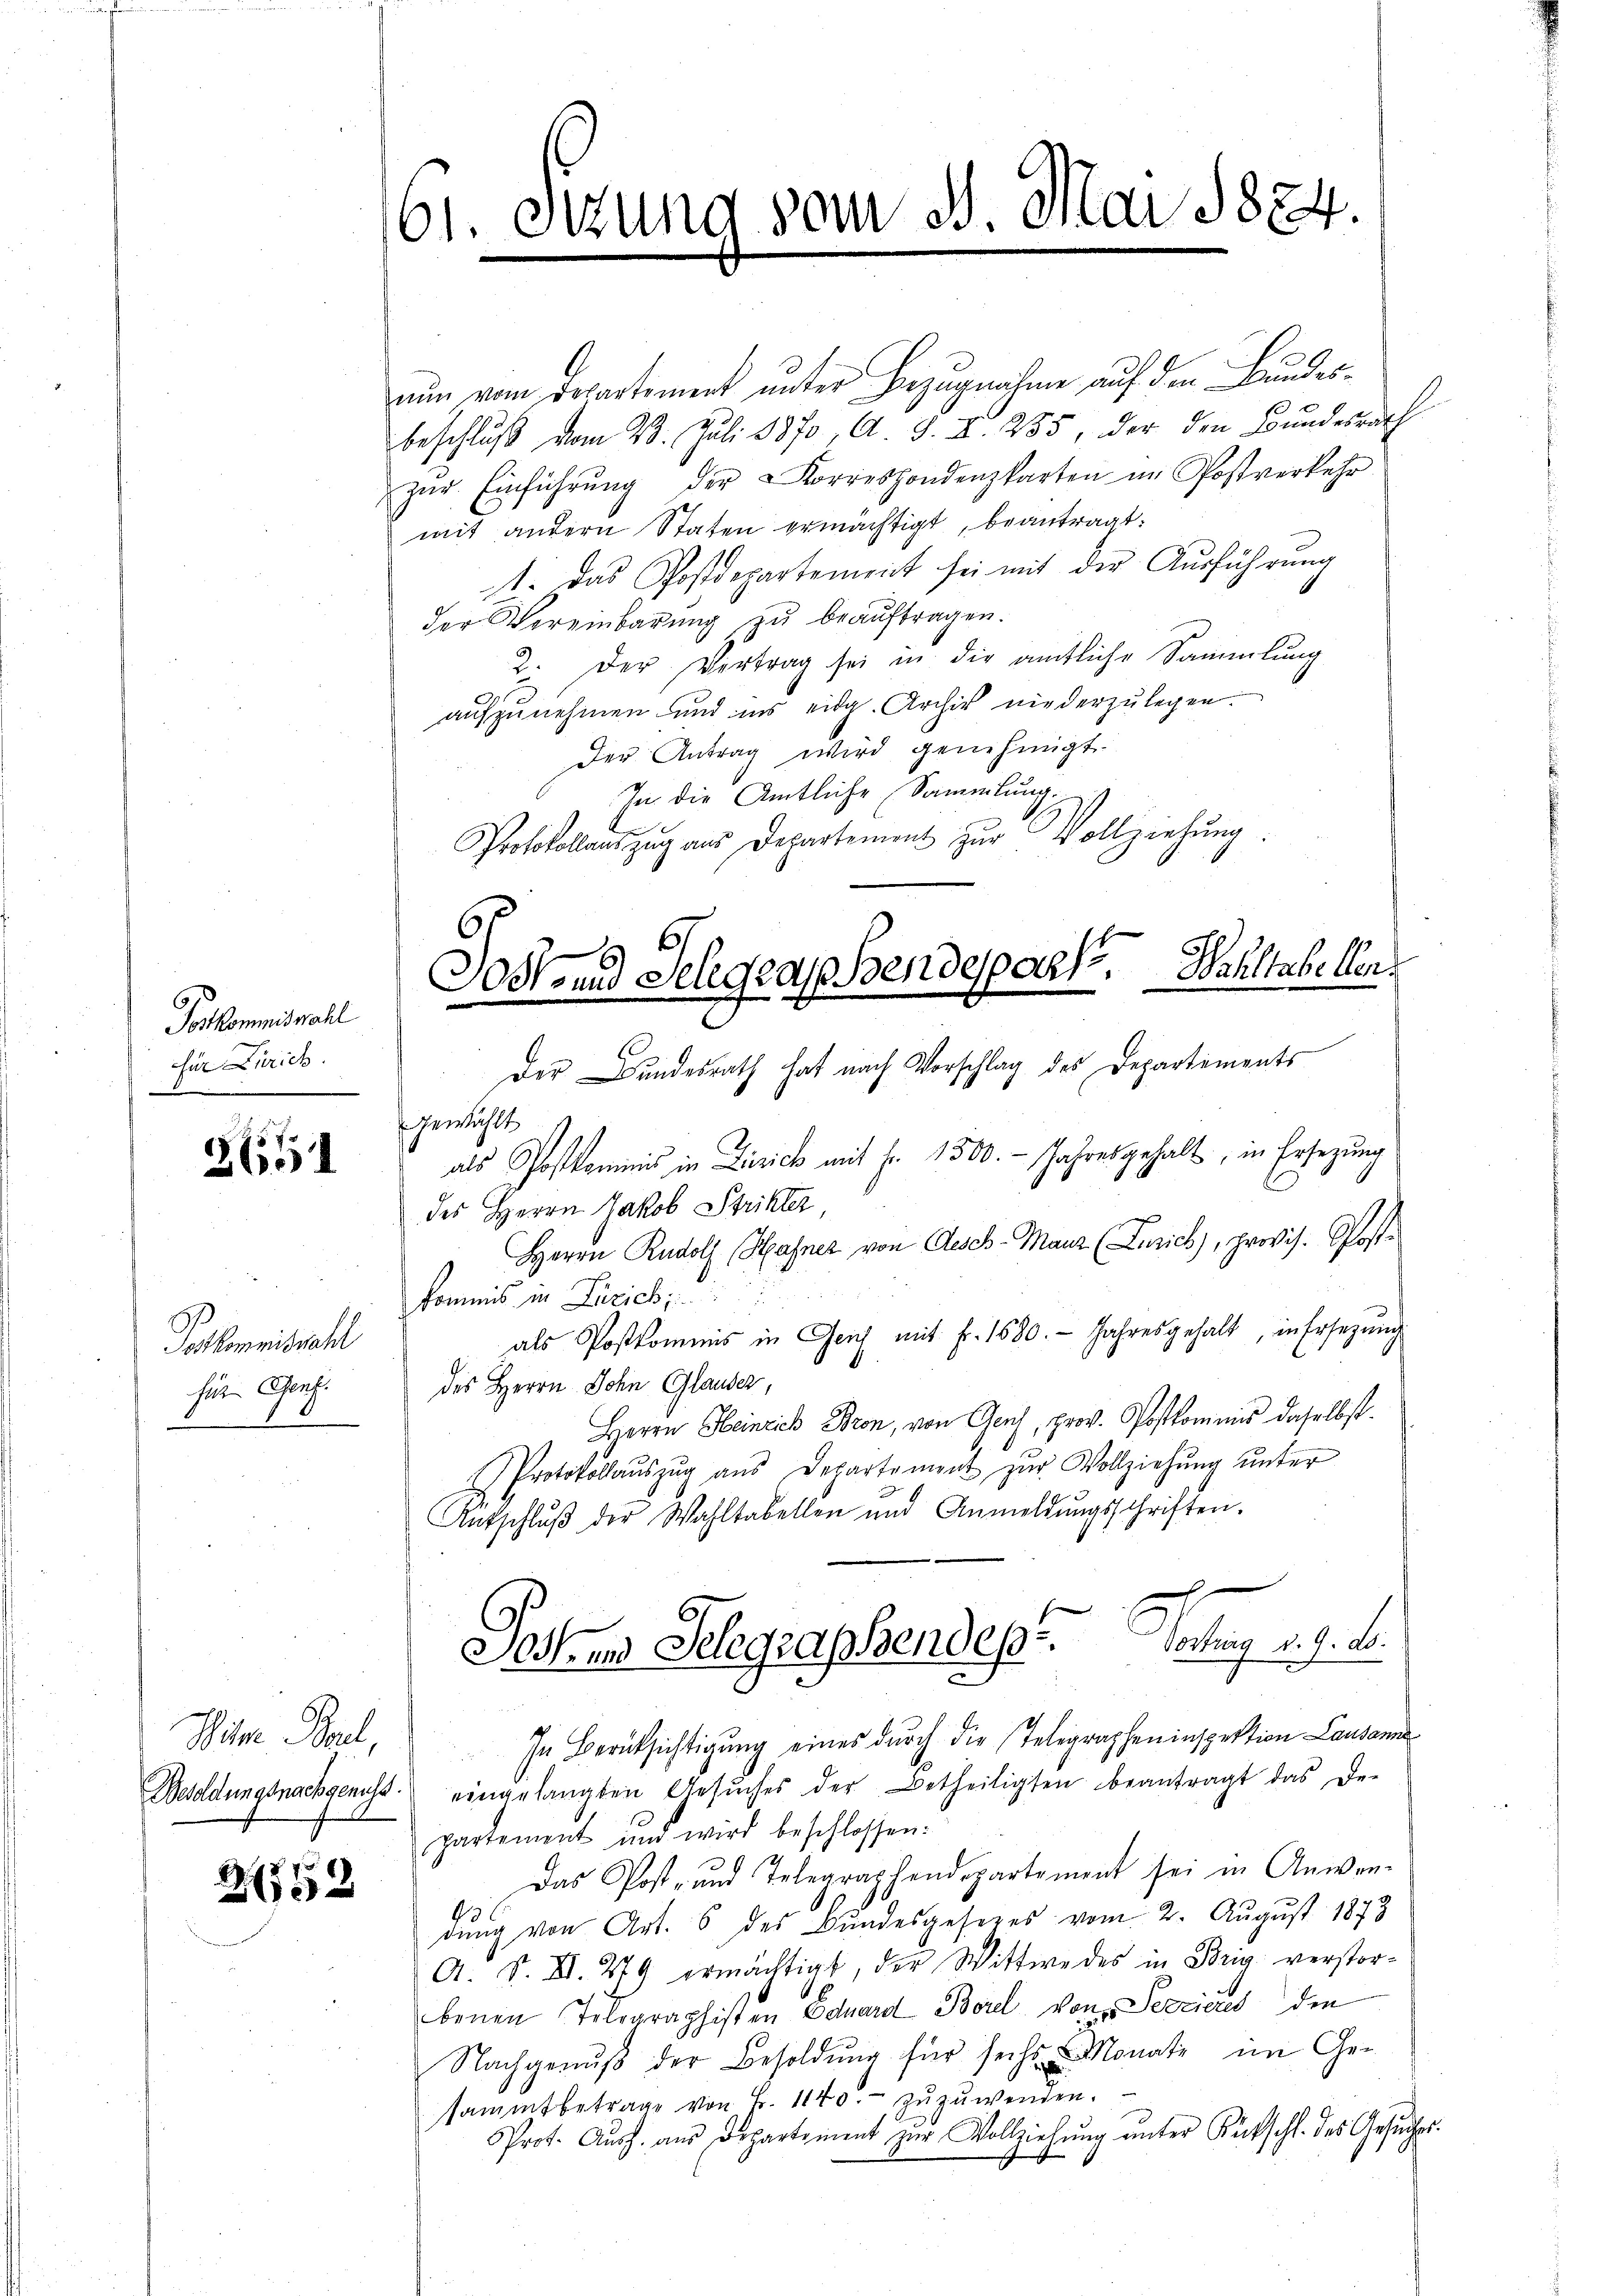
Fortkommiswahl
für Zürich

2651

Polkommiswahl
für Genf.
1.

252

61. Sizung vom 3. Mai 1824.

nun von Departement unter Bezugnahme auf den Bundesbeschluß vom 23. Juli 1870, A. S. II. 255, der den Bundesrath
zŭr Einführŭng der Korrespondenzkarten im Postverkehr
mit andern Staten ermächtigt, beantragt:
t. Das Postdepartement sei mit der Aŭsführŭng
der Vereinbarung zu beauftragen.
2. Der Vertrag sei in die amtliche Sammlung
aufzunehmen und ins eidg. Archiv niederzulegen.
Der Antrag wird genehmigt.
In die Amtliche Sammlung.
Protokollauszug aus Departement zŭr Vollziehung
Der Bundesrath hat nach Vorschlag des Departements
gewählt
als Postkommnis in Dirick mit J. 1500.- Jahres gehalt, in Ersezung
des Herrn Jakob Strikter
Herrn Rudolf Hafner von Gesch-Mauz (Zürich), provis. Postkommis in Zürich
als Postkommis in Geich mit Fr. 1580. Jahresgehalt, in Ersetzŭng
des Herrn Sohn Glauber,
Herrn Heinrich Bron, von Genf, prov. Postkommnis daselbst
Protokollaŭszŭg aŭs Departement zŭr Vollziehŭng ŭnter
Antschlŭβ der Wahltabellen und Anmeldŭngsschriften.
Sosten Gelegraphendest. Vortrag v. 9. d.
Wiser Paul, In Berücksichtigung eines durch die Telegrapheninspektion Landam
Besoldungsnachsenst eingelangten Gesŭches der Betheiligten beantragt das De-
partement und wird beschlossen:
Das Post- und Telegraphendepartement sei in Anwen-
dung von Art. 6 des Bundesgeseres vom 2. August 1873
A. S. XI. 779 ermächtigt, der Wittwe des in Brig verstorbenen Telegraphisten Eduard Borel, von Sezzieres den
Nachgenŭβ der Besoldŭng für sechs Monate im Ge-
sammtbetrage von Fr. 1140.- zŭzŭwenden.
Prot. Aŭsh. aus Departement zŭr Vollziehŭng ŭnter Rückschl. des Gesŭches

Dost- und Gelegraphendespach. Waltabeller